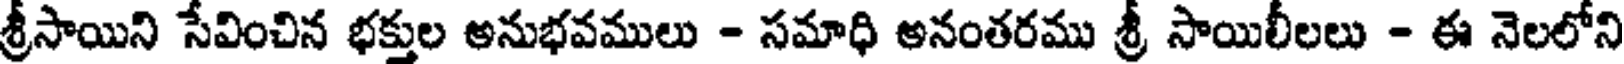
శ్రీసాయిని సేవించిన భక్తుల అనుభవములు - సమాధి అనంతరము శ్రీ సాయిలీలలు - ఈ నెలలోని